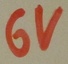
Text: 6V